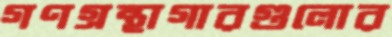
গণগ্রন্থাগারগুলোর